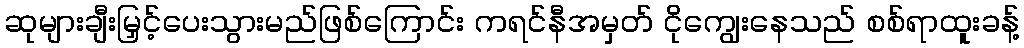
ဆုများချီးမြှင့်ပေးသွားမည်ဖြစ်ကြောင်း ကရင်နီအမှတ် ငိုကျွေးနေသည် စစ်ရာထူးခန့်